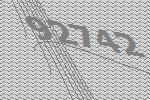
92742